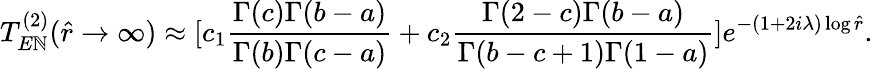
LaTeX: T_{E\mathbb{N}}^{(2)}(\hat{{r}}\rightarrow\infty)\approx[c_{1}\frac{{\Gamma(c)\Gamma(b-a)}}{{\Gamma(b)\Gamma(c-a)}}+c_{2}\frac{{\Gamma(2-c)\Gamma(b-a)}}{{\Gamma(b-c+1)\Gamma(1-a)}}]e^{-(1+2i\lambda)\log\hat{{r}}}.